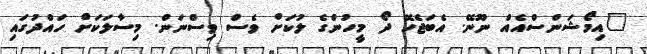
"އިމޯޝަންސްއެއް ނޫނޭ. އެބަޖެހޭ ދޯ މީހުންގެ ލުކަށް ވެސް ވިސްނަން. މިސާލަކަށް ހައްދުގައި